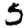
Digit: 5